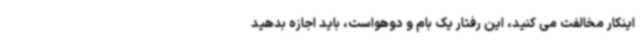
اینکار مخالفت می کنید، این رفتار یک بام و دوهواست، باید اجازه بدهید